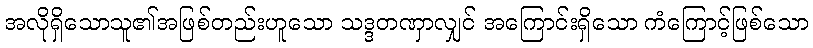
အလိုရှိသောသူ၏အဖြစ်တည်းဟူသော သဒ္ဒတဏှာလျှင် အကြောင်းရှိသော ကံကြောင့်ဖြစ်သော